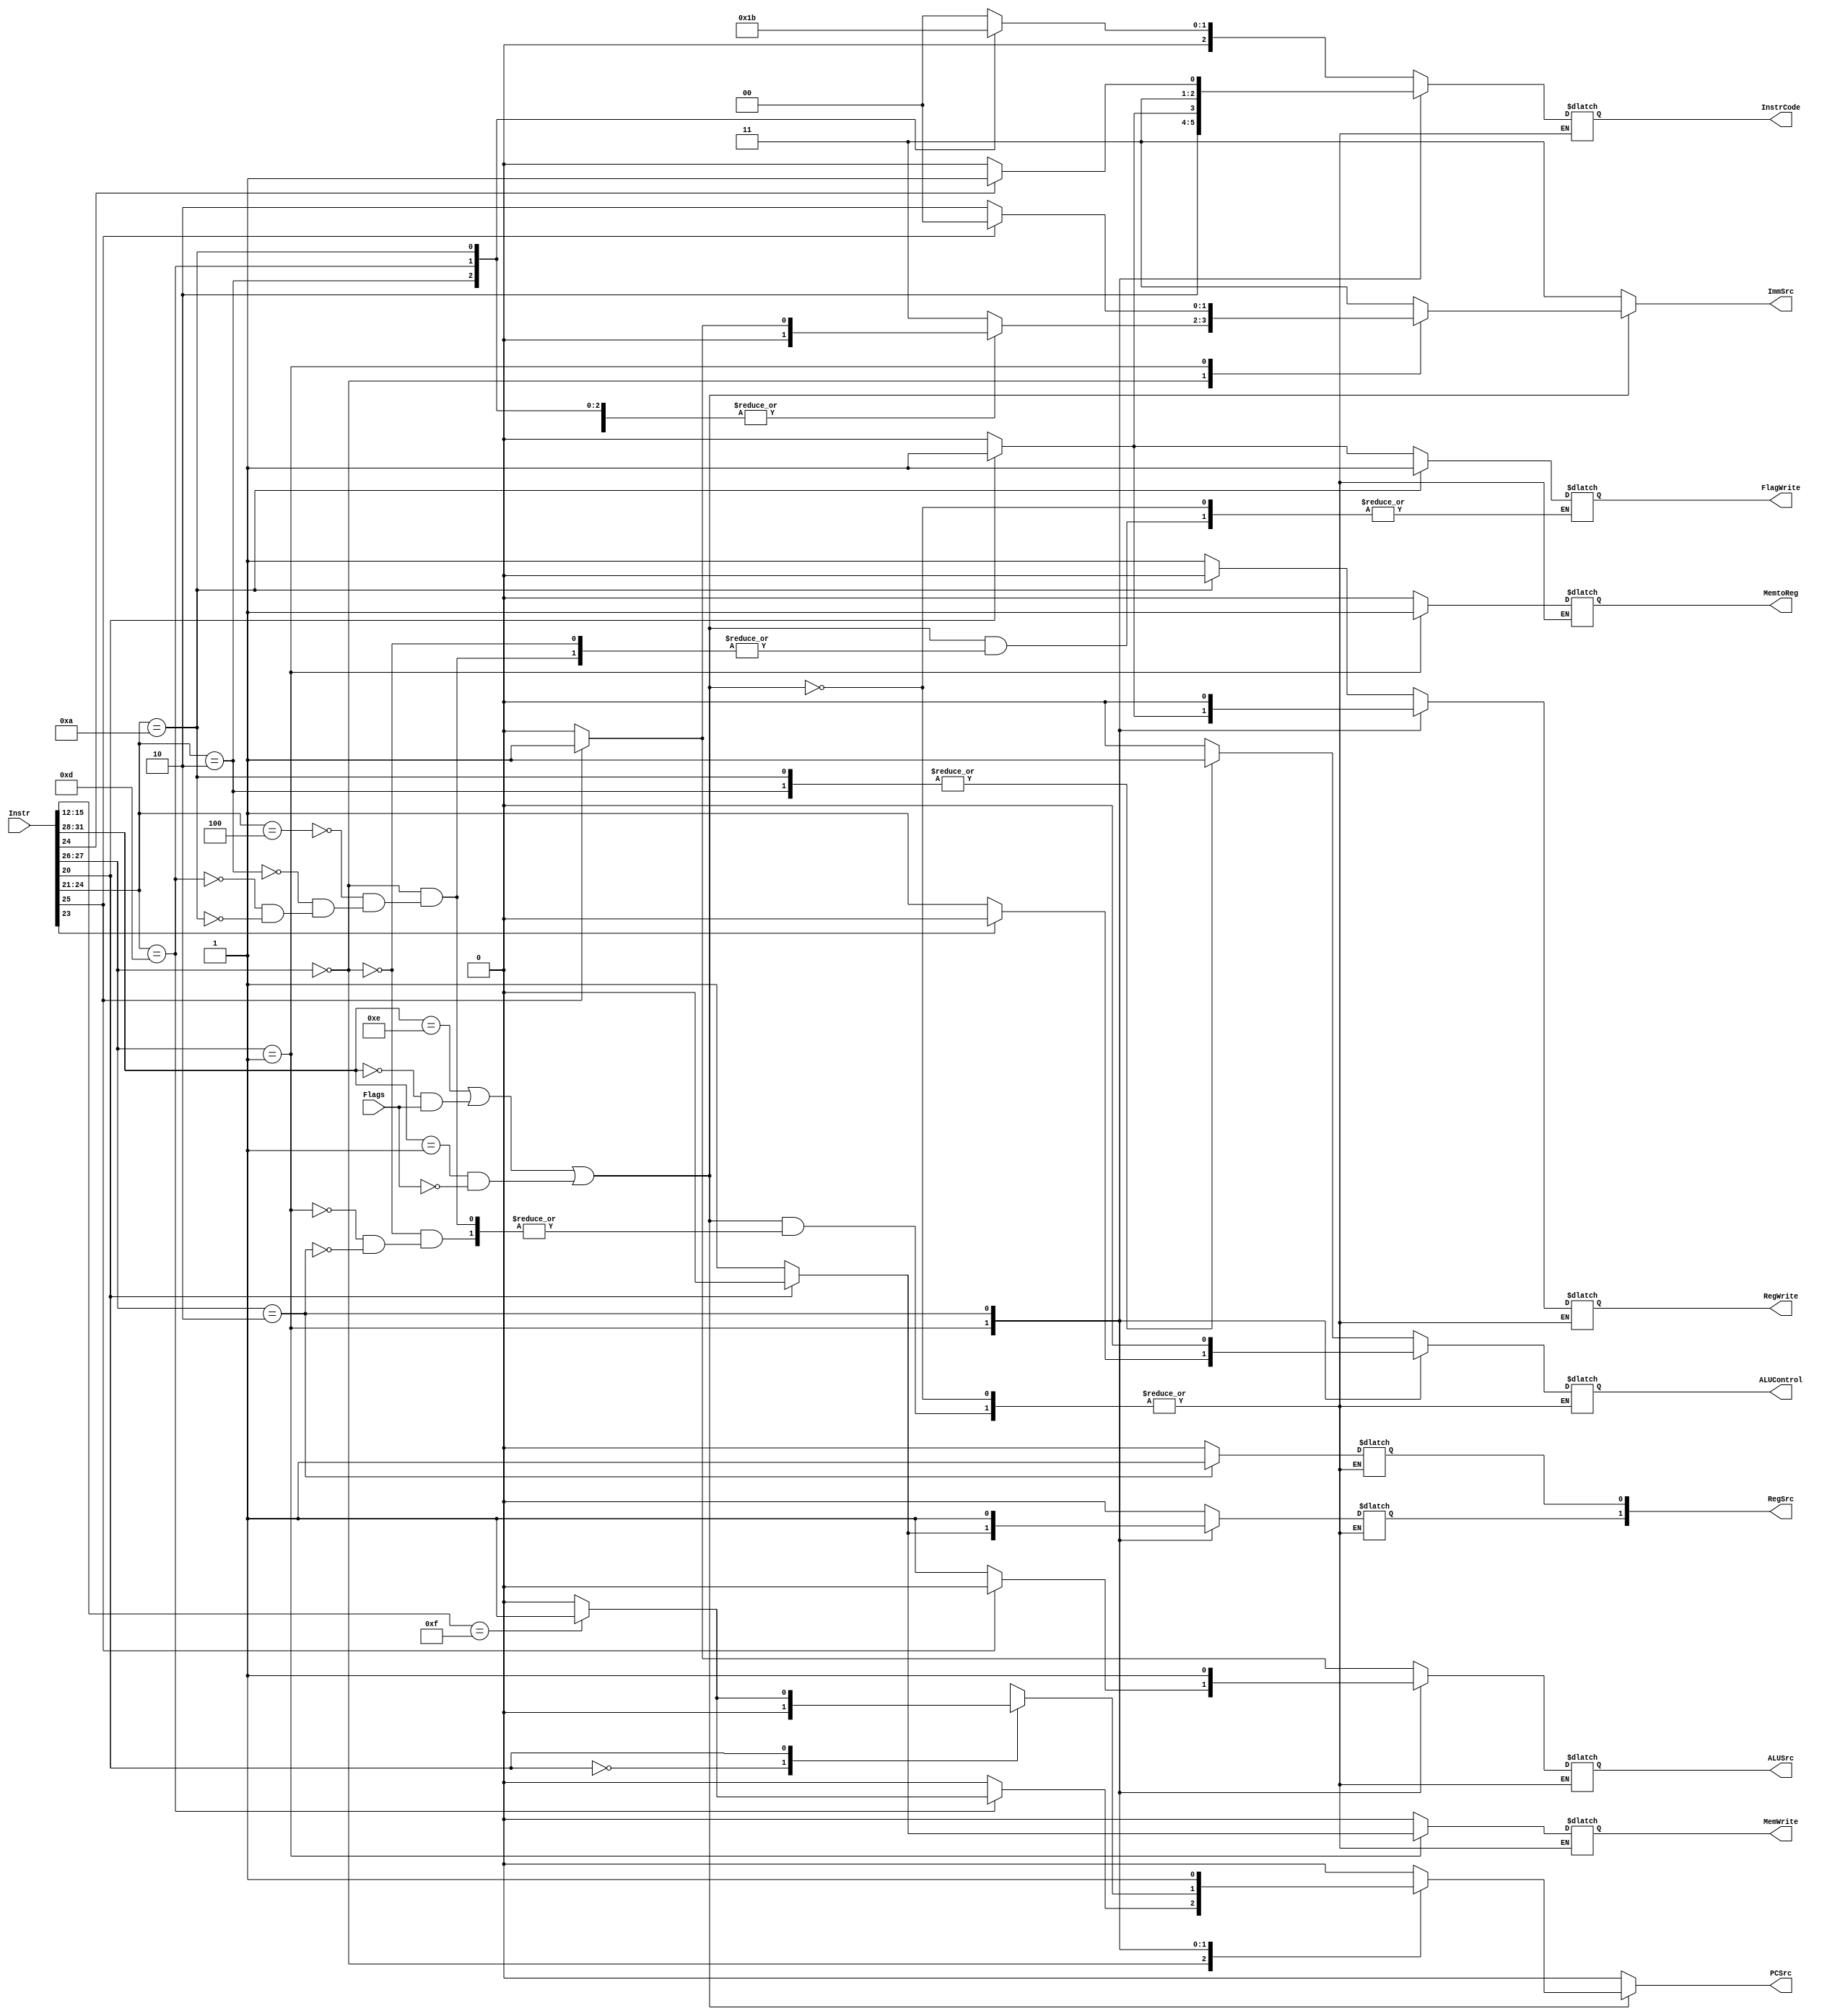
module ControlUnit(
	PCSrc, MemtoReg, MemWrite, ALUControl, ALUSrc, ImmSrc, RegWrite, RegSrc, InstrCode, FlagWrite,
	Instr, Flags
	);
	
	input [31:0] Instr;
	input Flags;
	
	output PCSrc;
	output MemtoReg;
	output MemWrite;
	output ALUControl;
	output ALUSrc;
	output [1:0] ImmSrc;
	output RegWrite;
	output [1:0] RegSrc;
	output [2:0] InstrCode;
	output reg FlagWrite;
	
	reg [3:0] Cond;
	reg [1:0] Op;
	reg [5:0] Funct;
	reg [3:0] Rd;
	reg Zbit;
	
	reg [3:0] OpCode; 
	
	reg PCSrc_R;
	reg MemtoReg_R;
	reg MemWrite_R;
	reg ALUControl_R;
	reg ALUSrc_R;
	reg [1:0] ImmSrc_R;
	reg RegWirte_R;
	reg [1:0] RegSrc_R;
	reg [2:0] InstrCode_R; //ADD 000 SUB 001 MOV 010 CMP 011 STR 100 LDR 101 B 110 BL 111

	
	always@(*) begin
	
		Cond <= Instr[31:28];
		Op <= Instr[27:26];
		Funct <= Instr[25:20];
		Rd <= Instr[15:12] ;
		Zbit <= Flags;
		
		OpCode <= Instr[24:21];
		
		ImmSrc_R <= 3;
		PCSrc_R <= 0;
		
		if (Cond == 4'b1110
			|| (Cond == 4'b0000 && Zbit == 1'b1)
			|| (Cond == 4'b0001 && Zbit == 1'b0))
			begin
				case(Op)
					2'b00: //ADD, SUB, MOV, CMP
						begin
							case(OpCode)
								4'b0100: //ADD
									begin
										PCSrc_R <= 1'b0;
										MemtoReg_R <= 1'b0;
										MemWrite_R <= 1'b0;
										ALUControl_R <= 1'b0;
										ALUSrc_R <= (Instr[25] == 0 ? 1'b0 : 1'b1);
										ImmSrc_R <= (Instr[25] == 0 ? 2'b00 : 2'b01);
										RegWirte_R <= 1'b1;
										RegSrc_R <= 2'b0;
										InstrCode_R <= 3'b000;
										FlagWrite <= (Instr[20] == 1 ? 1'b1 : 1'b0);
									end
								4'b0010: //SUB
									begin
										PCSrc_R <= 1'b0;
										MemtoReg_R <= 1'b0;
										MemWrite_R <= 1'b0;
										ALUControl_R <= 1'b1;
										ALUSrc_R <= (Instr[25] == 0 ? 1'b0 : 1'b1);
										ImmSrc_R <= (Instr[25] == 0 ? 2'b00 : 2'b01);
										RegWirte_R <= 1'b1;
										RegSrc_R <= 2'b0;
										InstrCode_R <= 3'b001;
										FlagWrite <= (Instr[20] == 1 ? 1'b1 : 1'b0);
										end
								4'b1101: //MOV
									begin
										PCSrc_R <= (Instr[15:12] == 4'b1111 ? 1'b1 : 1'b0);
										MemtoReg_R <= 1'b0;
										MemWrite_R <= 1'b0;
										ALUControl_R <= 1'b0;
										ALUSrc_R <= (Instr[25] == 0 ? 1'b0 : 1'b1);
										ImmSrc_R <= (Instr[25] == 0 ? 2'b00 : 2'b01);
										RegWirte_R <= 1'b1;
										RegSrc_R <= 2'b0;
										InstrCode_R <= 3'b010;
										FlagWrite <= (Instr[20] == 1 ? 1'b1 : 1'b0);
									end
								4'b1010: //CMP
									begin
										PCSrc_R <= 1'b0;
										MemtoReg_R <= 1'bx;
										MemWrite_R <= 1'b0;
										ALUControl_R <= 1'b1;
										ALUSrc_R <= (Instr[25] == 0 ? 1'b0 : 1'b1);
										ImmSrc_R <= (Instr[25] == 0 ? 2'b00 : 2'b01);
										RegWirte_R <= 1'b0;
										RegSrc_R <= 2'b0;
										InstrCode_R <= 3'b011;
										FlagWrite <= 1'b1;
									end
								default:; //do nothing
							endcase
						end
					2'b01: //LDR, STR
						begin
							case(Instr[20])
								1'b0: //STR
									begin
										PCSrc_R <= 1'b0;
										MemtoReg_R <= 1'bx;
										MemWrite_R <= 1'b1;
										ALUControl_R <= (Instr[23] == 0 ? 1'b1 : 1'b0);
										ALUSrc_R <= (Instr[25] == 1 ? 1'b0 : 1'b1);
										ImmSrc_R <= (Instr[25] == 1 ? 2'b00 : 2'b10);
										RegWirte_R <= 1'b0;
										RegSrc_R[0] <= 1'b0;
										RegSrc_R[1] <= 1'b1;
										InstrCode_R <= 3'b100;
									end
								1'b1: //LDR
									begin
										PCSrc_R <= (Instr[15:12] == 4'b1111 ? 1'b1 : 1'b0);
										MemtoReg_R <= 1'b1;
										MemWrite_R <= 1'b0;
										ALUControl_R <= (Instr[23] == 0 ? 1'b1 : 1'b0);
										ALUSrc_R <= (Instr[25] == 1 ? 1'b0 : 1'b1);
										ImmSrc_R <= (Instr[25] == 1 ? 2'b00 : 2'b10);
										RegWirte_R <= 1'b1;
										RegSrc_R <= 2'b0;
										InstrCode_R <= 3'b101;
									end
								default:; //do nothing
							endcase
						end
					2'b10: //B, BL
						begin
							case(Instr[24])
								1'b0: //B
									begin
										PCSrc_R <= 1'b1;
										MemtoReg_R <= 1'b0;
										MemWrite_R <= 1'b0;
										ALUControl_R <= 1'b0;
										ALUSrc_R <= 1'b1;
										ImmSrc_R <= 2'b11;
										RegWirte_R <= 1'b0;
										RegSrc_R <= 2'b11;
										InstrCode_R <= 3'b110;
									end
								1'b1: //BL
									begin
										PCSrc_R <= 1'b1;
										MemtoReg_R <= 1'b0;
										MemWrite_R <= 1'b0;
										ALUControl_R <= 1'b0;
										ALUSrc_R <= 1'b1;
										ImmSrc_R <= 2'b11;
										RegWirte_R <= 1'b0;
										RegSrc_R <= 2'b11;
										InstrCode_R <= 3'b111;
									end
								default:; //do nothing
							endcase
						end
					default:; //do nothing
				endcase
			end
	end
	
	assign PCSrc = PCSrc_R;
	assign MemtoReg = MemtoReg_R;
	assign MemWrite = MemWrite_R;
	assign ALUControl = ALUControl_R;
	assign ALUSrc = ALUSrc_R;
	assign ImmSrc = ImmSrc_R;
	assign RegWrite = RegWirte_R;
	assign RegSrc = RegSrc_R;
	assign InstrCode = InstrCode_R;
endmodule